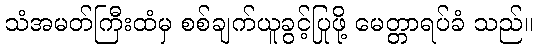
သံအမတ်ကြီးထံမှ စစ်ချက်ယူခွင့်ပြုဖို့ မေတ္တာရပ်ခံ သည်။